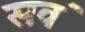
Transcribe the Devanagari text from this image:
सव॔